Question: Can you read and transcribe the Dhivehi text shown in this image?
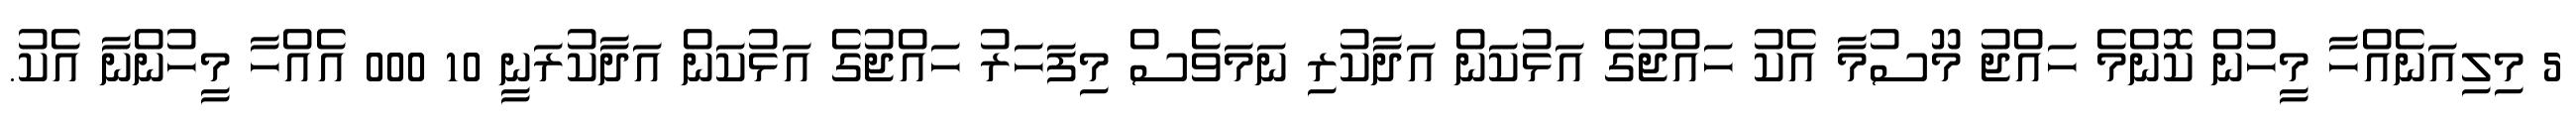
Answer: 5 މިލިއަނެއްހާ މީހުން ކޮންމެ ހައްޖު މޫސުމާ އެކު ހައްޖުގެ އަޅުކަން އަދާކުރި ނަމަވެސް މިފަހަރު ހައްޖުގެ އަޅުކަން އަދާކުރަނީ 10 000 އެއްހާ މީހުންނާ އެކު.